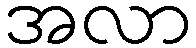
အလာ